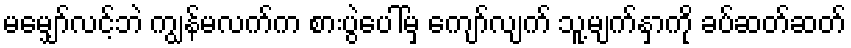
မမျှော်လင့်ဘဲ ကျွန်မလက်က စားပွဲပေါ်မှ ကျော်လျက် သူ့မျက်နှာကို ခပ်ဆတ်ဆတ်